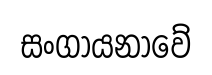
සංගායනාවේ